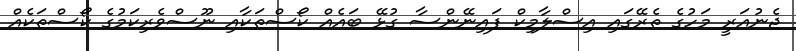
ޖެނުއަރީ މަހުގެ ތެރޭގައި އިސްލާމިކް ފައިނޭންސާ ގުޅޭ ބައެއް ކޯސްތަކާއި ނޫސްވެރިކަމުގެ ކޯސްތަކެއް